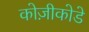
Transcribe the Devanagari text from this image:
कोज़ीकोडे